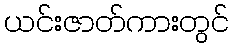
ယင်းဇာတ်ကားတွင်